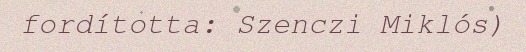
fordította: Szenczi Miklós)